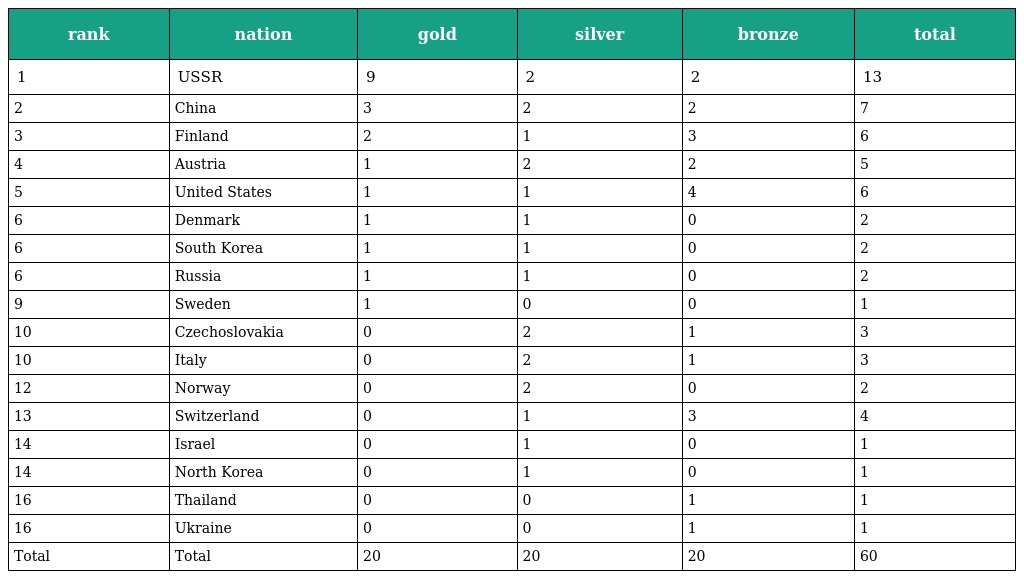
| rank | nation | gold | silver | bronze | total |
 | --- | --- | --- | --- | --- | --- |
 | 1 | USSR | 9 | 2 | 2 | 13 |
 | 2 | China | 3 | 2 | 2 | 7 |
 | 3 | Finland | 2 | 1 | 3 | 6 |
 | 4 | Austria | 1 | 2 | 2 | 5 |
 | 5 | United States | 1 | 1 | 4 | 6 |
 | 6 | Denmark | 1 | 1 | 0 | 2 |
 | 6 | South Korea | 1 | 1 | 0 | 2 |
 | 6 | Russia | 1 | 1 | 0 | 2 |
 | 9 | Sweden | 1 | 0 | 0 | 1 |
 | 10 | Czechoslovakia | 0 | 2 | 1 | 3 |
 | 10 | Italy | 0 | 2 | 1 | 3 |
 | 12 | Norway | 0 | 2 | 0 | 2 |
 | 13 | Switzerland | 0 | 1 | 3 | 4 |
 | 14 | Israel | 0 | 1 | 0 | 1 |
 | 14 | North Korea | 0 | 1 | 0 | 1 |
 | 16 | Thailand | 0 | 0 | 1 | 1 |
 | 16 | Ukraine | 0 | 0 | 1 | 1 |
 | Total | Total | 20 | 20 | 20 | 60 |